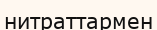
нитраттармен